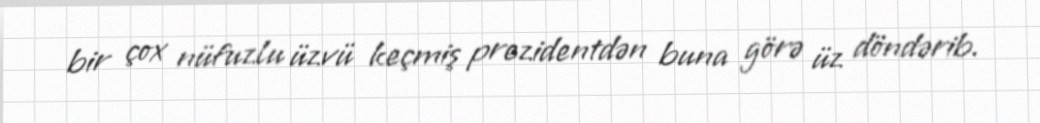
bir çox nüfuzlu üzvü keçmiş prezidentdən buna görə üz döndərib.